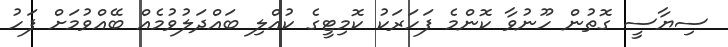
ސިޔާސީ ގޮތުން ހޫނުވާ ކޮންމެ ފަހަރަކު ކޮމިޓީގެ ކުއްލި ބައްދަލުވުމެއް ބޭއްވުމަށް ފަހު